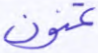
تمنون